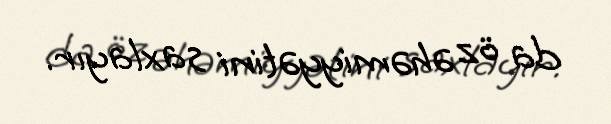
da öz əhəmiyyətini saxlayır.